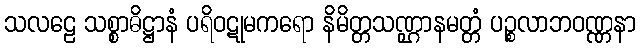
သလဠေ သစ္စာဓိဋ္ဌာနံ ပရိဝဋုမကရော နိမိတ္တသဏ္ဌာနမတ္တံ ပဉ္စလာဘဝဏ္ဏနာ